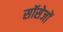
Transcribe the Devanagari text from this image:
सॉसेजों